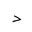
Letter: _dal